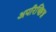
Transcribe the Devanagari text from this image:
अपरिच्छिन्न